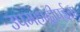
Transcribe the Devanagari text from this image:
उपमहाद्वीपईसा